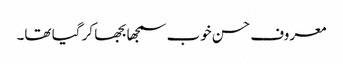
معروف حسن خوب سمجھا بجھا کر گیا تھا۔